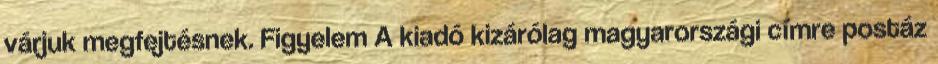
várjuk megfejtésnek. Figyelem A kiadó kizárólag magyarországi címre postáz